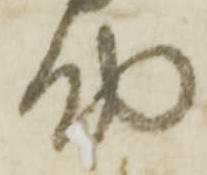
助